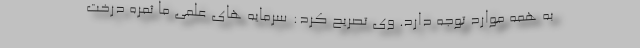
به همه موارد توجه دارد. وی تصریح کرد: سرمایه های علمی ما ثمره درخت